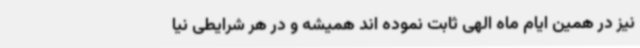
نیز در همین ایام ماه الهی ثابت نموده اند همیشه و در هر شرایطی نیا